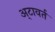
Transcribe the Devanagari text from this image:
अ्टावर्त